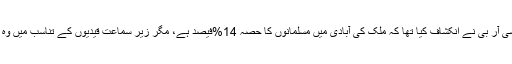
گزشتہ سال این سی آر بی نے انکشاف کیا تھا کہ ملک کی آبادی میں مسلمانوں کا حصہ 14%فیصد ہے، مگر زیر سماعت قیدیوں کے تناسب میں وہ 21%فیصد ہیں۔